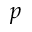
\boldsymbol { p }